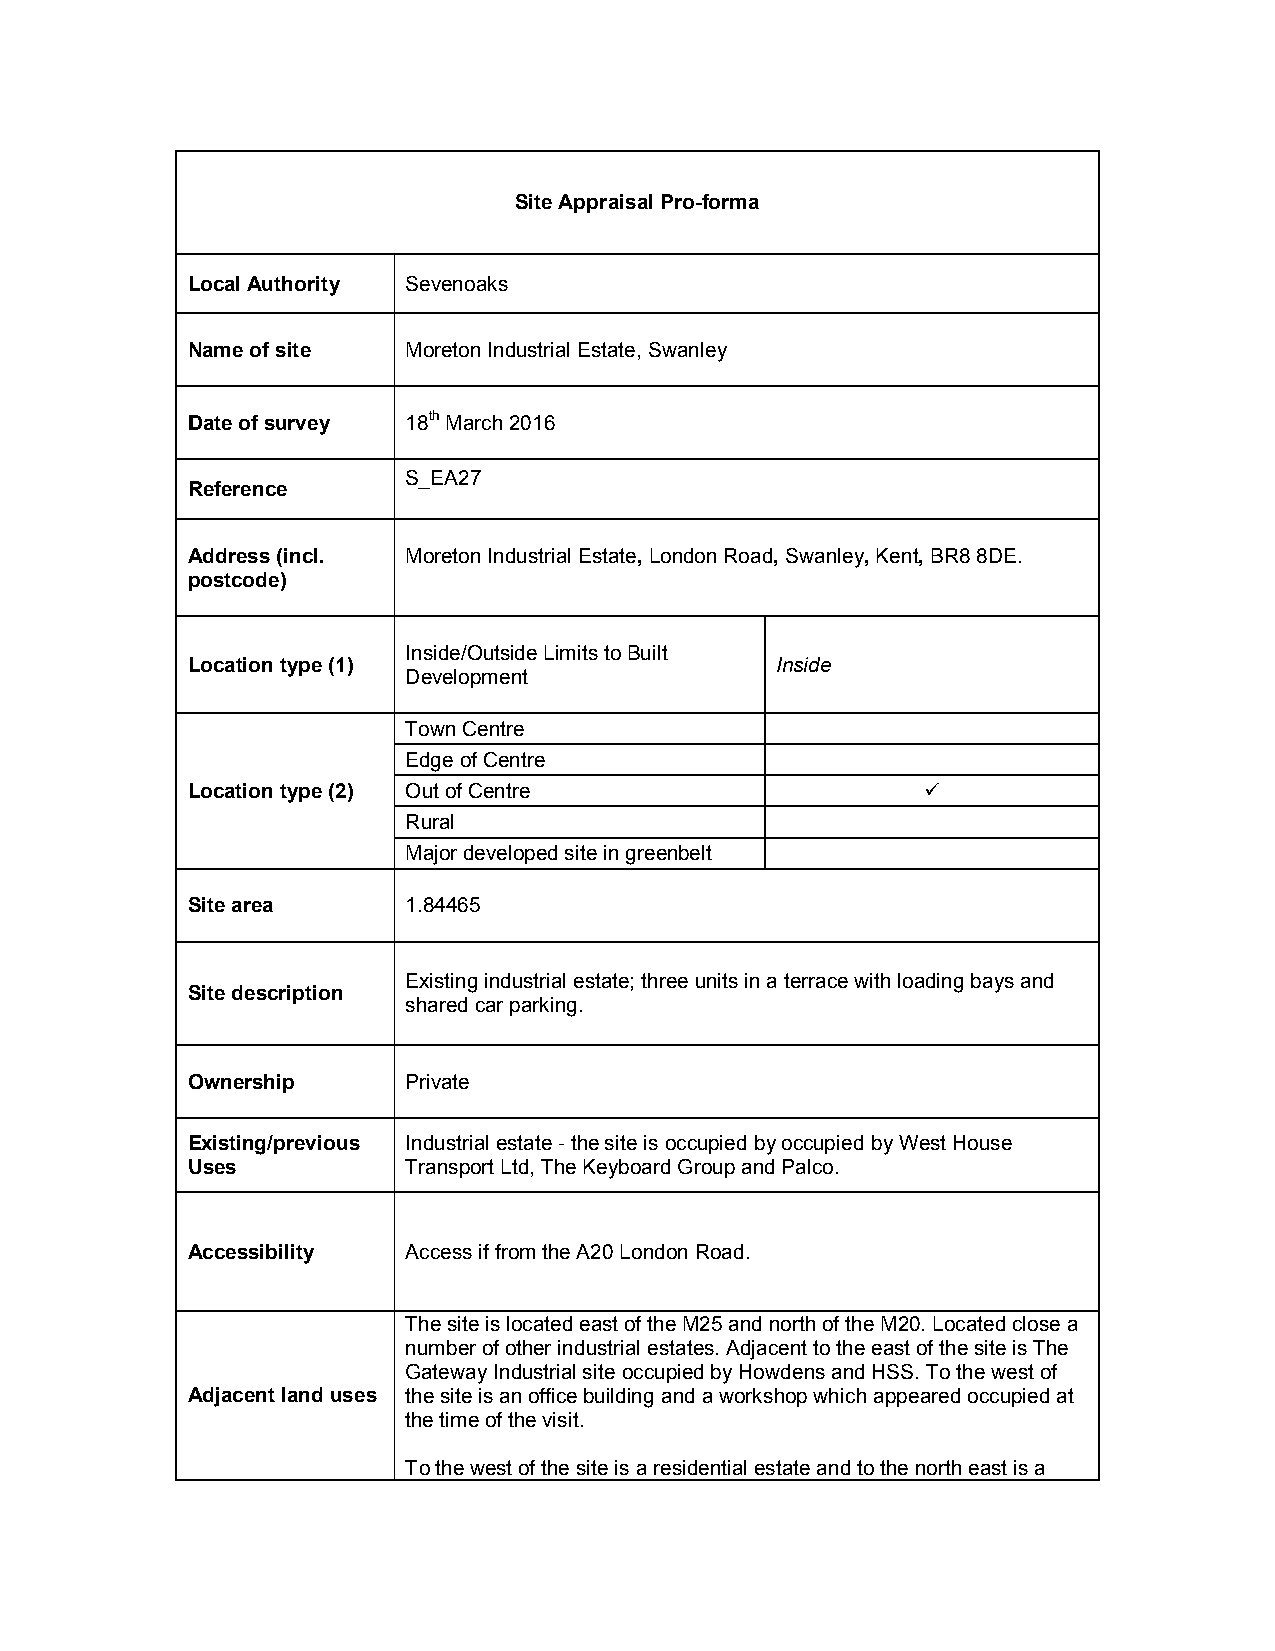
Site Appraisal Pro-forma
 Local Authority Sevenoaks
 Name of site   Moreton Industrial Estate, Swanley
 Date of survey 18th March 2016
 S_EA27
 Reference
 Address (incl. Moreton Industrial Estate, London Road, Swanley, Kent, BR8 8DE.
 postcode)
 Inside/Outside Limits to Built
 Location type (1)                      Inside
 Development
 Town Centre
 Edge of Centre
 Location type (2) Out of Centre                  
 Rural
 Major developed site in greenbelt
 Site area      1.84465
 Existing industrial estate; three units in a terrace with loading bays and
 Site description
 shared car parking.
 Ownership      Private
 Existing/previous Industrial estate - the site is occupied by occupied by West House
 Uses           Transport Ltd, The Keyboard Group and Palco.
 Accessibility  Access if from the A20 London Road.
 The site is located east of the M25 and north of the M20. Located close a
 number of other industrial estates. Adjacent to the east of the site is The
 Gateway Industrial site occupied by Howdens and HSS. To the west of
 Adjacent land uses the site is an office building and a workshop which appeared occupied at
 the time of the visit.
 To the west of the site is a residential estate and to the north east is a